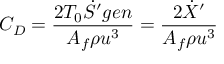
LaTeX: C _ { D } = { \frac { 2 T _ { 0 } { \dot { S } } ^ { \prime } g e n } { A _ { f } \rho u ^ { 3 } } } = { \frac { 2 { \dot { X } } ^ { \prime } } { A _ { f } \rho u ^ { 3 } } }